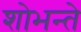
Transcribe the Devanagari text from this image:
शोभन्ते